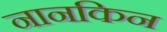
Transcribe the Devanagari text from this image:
नानकिन